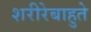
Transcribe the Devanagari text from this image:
शरीरेबाहुते